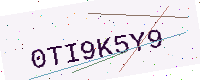
Text: 0TI9K5Y9